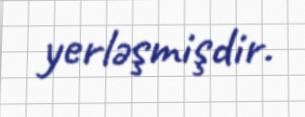
yerləşmişdir.